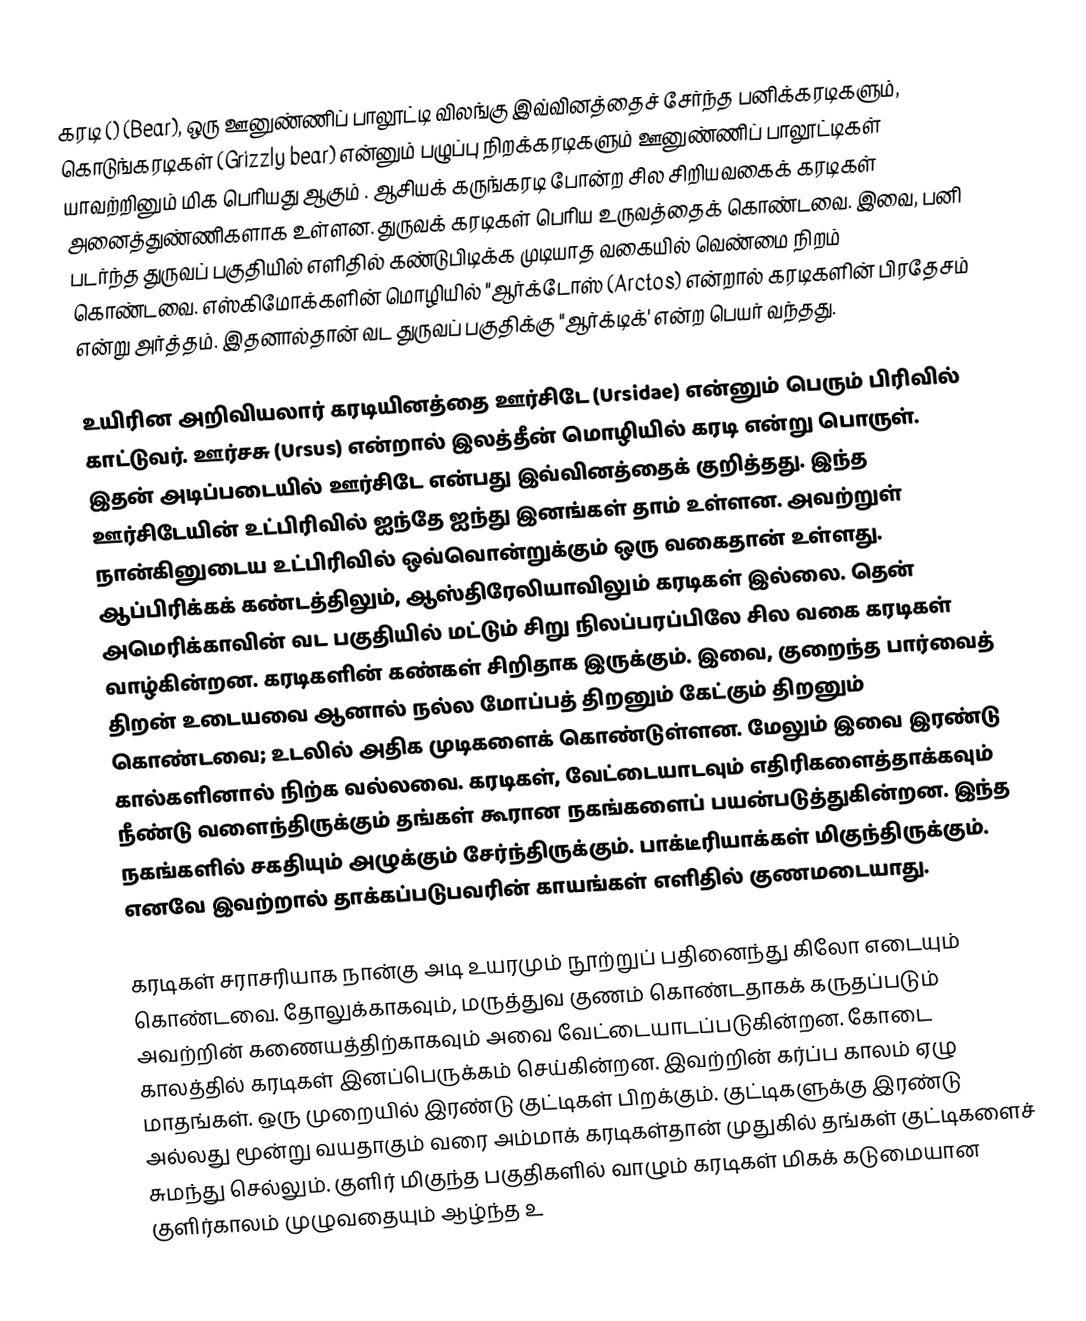
கரடி () (Bear), ஒரு ஊனுண்ணிப் பாலூட்டி விலங்கு இவ்வினத்தைச் சேர்ந்த பனிக்கரடிகளும், கொடுங்கரடிகள் (Grizzly bear) என்னும் பழுப்பு நிறக்கரடிகளும் ஊனுண்ணிப் பாலூட்டிகள் யாவற்றினும் மிக பெரியது ஆகும் . ஆசியக் கருங்கரடி போன்ற சில சிறியவகைக் கரடிகள் அனைத்துண்ணிகளாக உள்ளன. துருவக் கரடிகள் பெரிய உருவத்தைக் கொண்டவை. இவை, பனி படர்ந்த துருவப் பகுதியில் எளிதில் கண்டுபிடிக்க முடியாத வகையில் வெண்மை நிறம் கொண்டவை. எஸ்கிமோக்களின் மொழியில் "ஆர்க்டோஸ் (Arctos) என்றால் கரடிகளின் பிரதேசம் என்று அர்த்தம். இதனால்தான் வட துருவப் பகுதிக்கு "ஆர்க்டிக்' என்ற பெயர் வந்தது.

உயிரின அறிவியலார் கரடியினத்தை ஊர்சிடே (Ursidae) என்னும் பெரும் பிரிவில் காட்டுவர். ஊர்சசு (Ursus) என்றால் இலத்தீன் மொழியில் கரடி என்று பொருள். இதன் அடிப்படையில் ஊர்சிடே என்பது இவ்வினத்தைக் குறித்தது. இந்த ஊர்சிடேயின் உட்பிரிவில் ஐந்தே ஐந்து இனங்கள் தாம் உள்ளன. அவற்றுள் நான்கினுடைய உட்பிரிவில் ஒவ்வொன்றுக்கும் ஒரு வகைதான் உள்ளது. ஆப்பிரிக்கக் கண்டத்திலும், ஆஸ்திரேலியாவிலும் கரடிகள் இல்லை. தென் அமெரிக்காவின் வட பகுதியில் மட்டும் சிறு நிலப்பரப்பிலே சில வகை கரடிகள் வாழ்கின்றன. கரடிகளின் கண்கள் சிறிதாக இருக்கும். இவை, குறைந்த பார்வைத் திறன் உடையவை ஆனால் நல்ல மோப்பத் திறனும் கேட்கும் திறனும் கொண்டவை; உடலில் அதிக முடிகளைக் கொண்டுள்ளன. மேலும் இவை இரண்டு கால்களினால் நிற்க வல்லவை. கரடிகள், வேட்டையாடவும் எதிரிகளைத்தாக்கவும் நீண்டு வளைந்திருக்கும் தங்கள் கூரான நகங்களைப் பயன்படுத்துகின்றன. இந்த நகங்களில் சகதியும் அழுக்கும் சேர்ந்திருக்கும். பாக்டீரியாக்கள் மிகுந்திருக்கும். எனவே இவற்றால் தாக்கப்படுபவரின் காயங்கள் எளிதில் குணமடையாது.

கரடிகள் சராசரியாக நான்கு அடி உயரமும் நூற்றுப் பதினைந்து கிலோ எடையும் கொண்டவை. தோலுக்காகவும், மருத்துவ குணம் கொண்டதாகக் கருதப்படும் அவற்றின் கணையத்திற்காகவும் அவை வேட்டையாடப்படுகின்றன. கோடை காலத்தில் கரடிகள் இனப்பெருக்கம் செய்கின்றன. இவற்றின் கர்ப்ப காலம் ஏழு மாதங்கள். ஒரு முறையில் இரண்டு குட்டிகள் பிறக்கும். குட்டிகளுக்கு இரண்டு அல்லது மூன்று வயதாகும் வரை அம்மாக் கரடிகள்தான் முதுகில் தங்கள் குட்டிகளைச் சுமந்து செல்லும். குளிர் மிகுந்த பகுதிகளில் வாழும் கரடிகள் மிகக் கடுமையான குளிர்காலம் முழுவதையும் ஆழ்ந்த உ